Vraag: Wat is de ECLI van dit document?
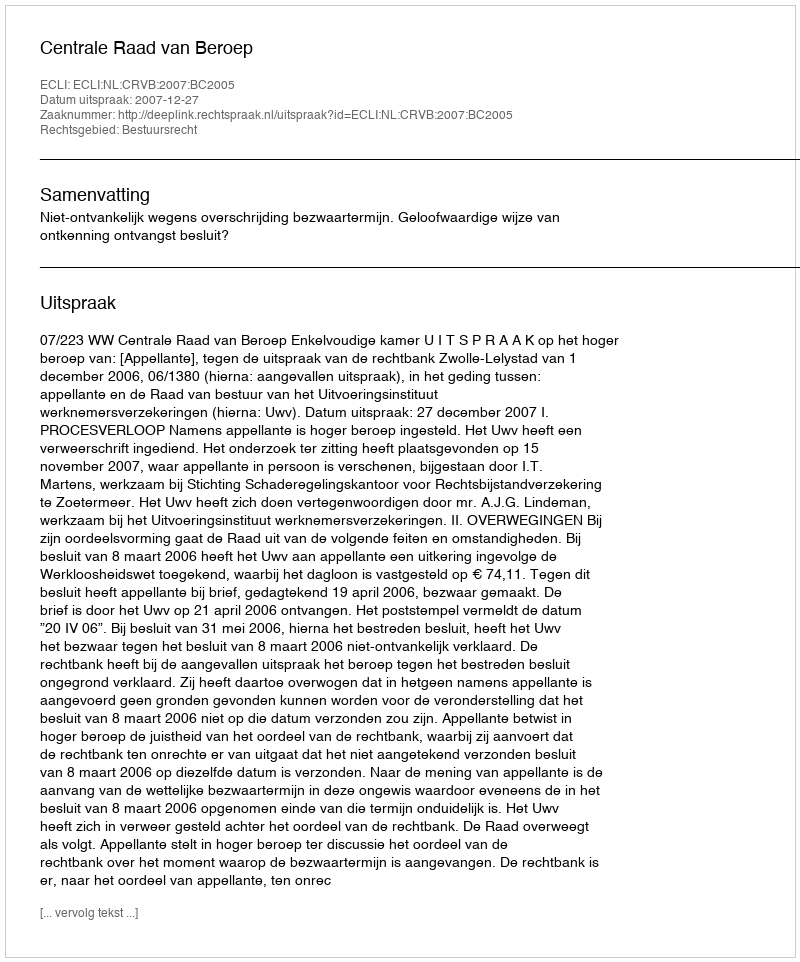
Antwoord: ECLI:NL:CRVB:2007:BC2005